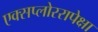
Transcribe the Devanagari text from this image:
एक्सप्लोररापेक्षा